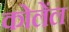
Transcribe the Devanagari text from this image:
कोलेंल